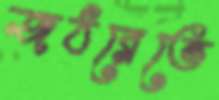
জঠরেতে